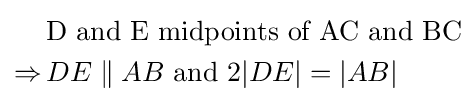
{\begin{aligned}&{\text{D and E midpoints of AC and BC}}\\\Rightarrow \,&DE\parallel AB{\text{ and }}2|DE|=|AB|\end{aligned}}